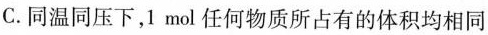
C.同温同压下，1mol任何物质所占有的体积均相同